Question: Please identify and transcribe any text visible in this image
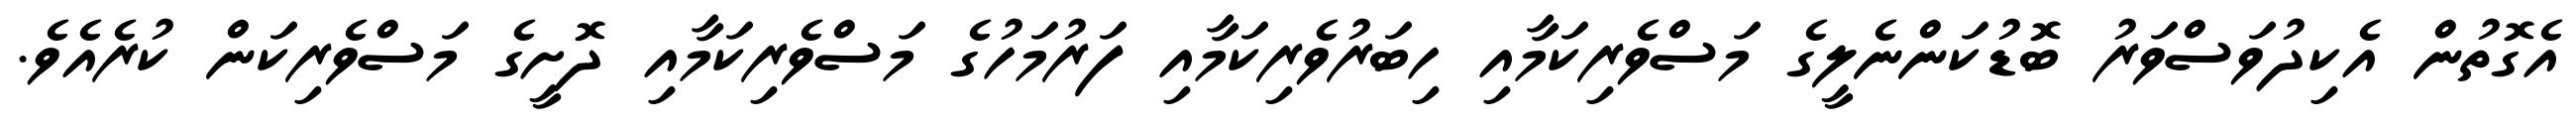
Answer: އެގޮތުން އެކިދުވަސްވަރު ބޮޑުކަންނެލީގެ މަސްވެރިކަމާއި ހިބަރުވެރިކަމާއި ފަރުމަހުގެ މަސްވެރިކަމާއި ދޮށީގެ މަސްވެރިކަން ކުރެއެވެ.